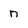
Character: n